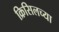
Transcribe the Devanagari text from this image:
क्रिसिलच्या